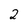
Character: 2